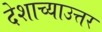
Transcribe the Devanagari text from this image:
देशाच्याउत्तर